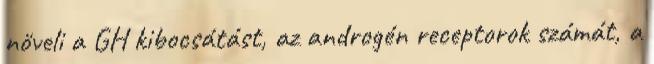
növeli a GH kibocsátást, az androgén receptorok számát, a